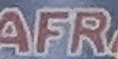
AFR